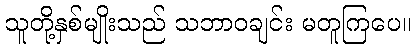
သူတို့နှစ်မျိုးသည် သဘာဝချင်း မတူကြပေ။